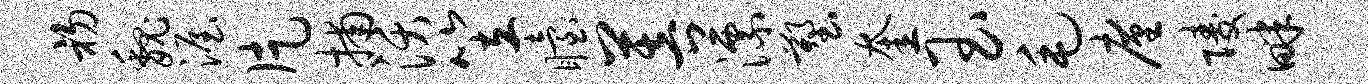
初魏渥片捕沃笠眙菩漂塑奎玉毛廑陵畔